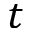
t